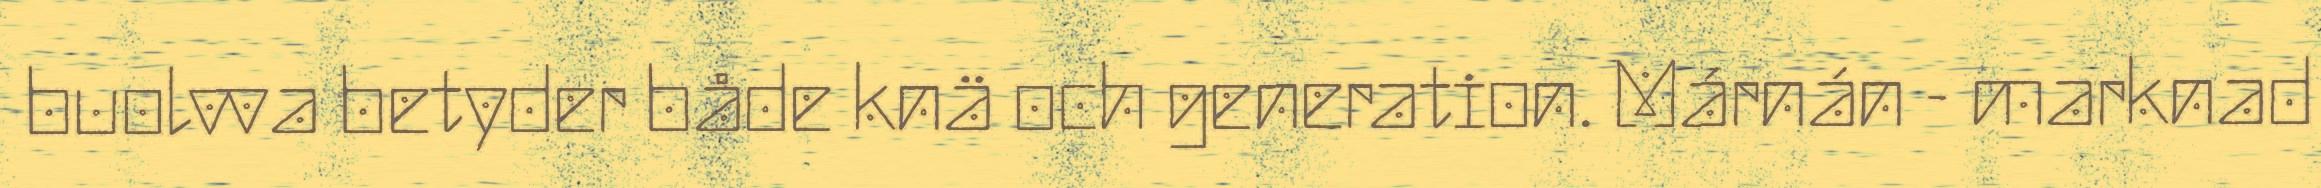
buolvva betyder både knä och generation. Márnán - marknad